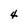
Character: 4